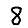
Digit: 8